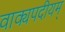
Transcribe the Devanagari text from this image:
वाक्यपदीयम्